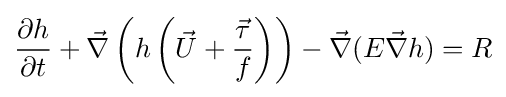
{\frac {\partial h}{\partial t}}+{\vec {\nabla }}\left(h\left({\vec {U}}+{\frac {\vec {\tau }}{f}}\right)\right)-{\vec {\nabla }}(E{\vec {\nabla }}h)=R